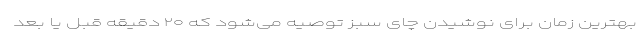
بهترین زمان برای نوشیدن چای سبز توصیه می‌شود که ۲۰ دقیقه قبل یا بعد